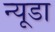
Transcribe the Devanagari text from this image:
न्यूडा